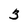
Character: 3